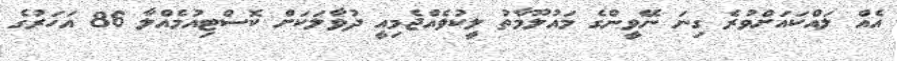
އެއް ލައްކައަށްވުރެ ގިނަ ނޭވީންގެ މައުލޫމާތު ލީކުވެއްޖެމިއީ ދުވާލަކަށް ކޮސްޓިއުމެއްލާ 86 އަހަރުގެ